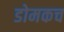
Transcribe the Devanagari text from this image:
डोमकच